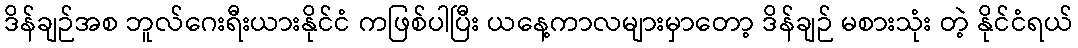
ဒိန်ချဉ်အစ ဘူလ်ဂေးရီးယားနိုင်ငံ ကဖြစ်ပါပြီး ယနေ့ကာလများမှာတော့ ဒိန်ချဉ် မစားသုံး တဲ့ နိုင်ငံရယ်